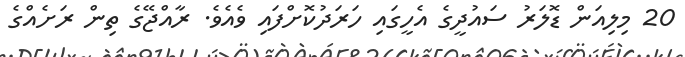
20 މިލިއަން ޑޮލަރު ސައުދީގެ އެހީގައި ހަރަދުކޮށްފައި ވެއެވެ. ރާއްޖޭގެ ތިން ރަށެއްގެ